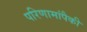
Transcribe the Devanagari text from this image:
परिणामांपैकी